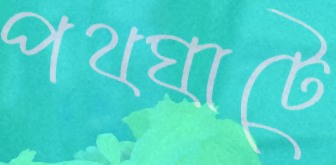
পথঘাটে